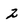
Character: 2